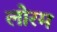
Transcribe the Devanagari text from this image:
लोरम